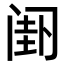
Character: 𬮯